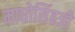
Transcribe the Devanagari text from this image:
माधोसिंहजी